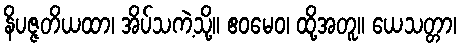
နိပဇ္ဇတိယထာ၊ အိပ်သကဲ့သို့။ ဧဝမေဝ၊ ထို့အတူ။ ယေသတ္တာ၊